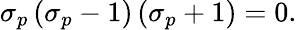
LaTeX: \sigma_{p}\left(\sigma_{p}-1\right)\left(\sigma_{p}+1\right)=0.